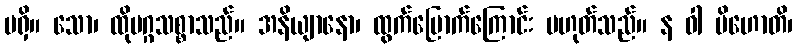
မရှိ။ သော၊ ထိုမဂ္ဂသစ္စာသည်။ အနိယျာနော၊ ထွက်မြောက်ကြောင်း မဟုတ်သည်။ န ဝါ ပိဟောတိ၊